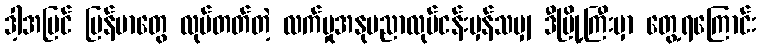
ဒါ့အပြင် မြန်မာတွေ လုပ်တတ်တဲ့ လက်မှုအနုပညာလုပ်ငန်းမှန်သမျှ ဒီမြို့ကြီးမှာ တွေ့ရကြောင်း